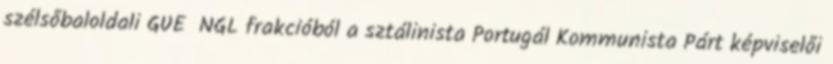
szélsőbaloldali GUE NGL frakcióból a sztálinista Portugál Kommunista Párt képviselői